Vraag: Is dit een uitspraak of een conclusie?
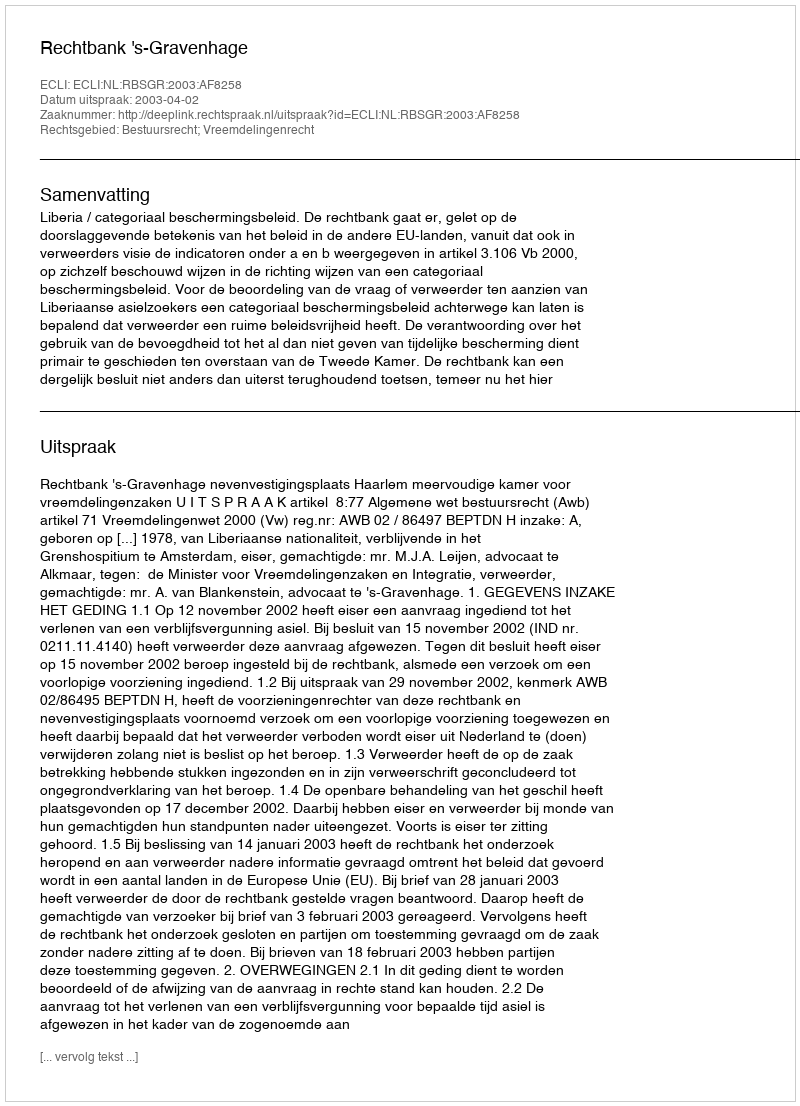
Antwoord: Uitspraak